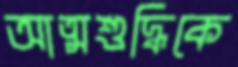
আত্মশুদ্ধিকে